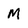
Character: M